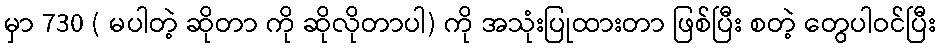
မှာ 730 ( မပါတဲ့ ဆိုတာ ကို ဆိုလိုတာပါ) ကို အသုံးပြုထားတာ ဖြစ်ပြီး စတဲ့ တွေပါဝင်ပြီး